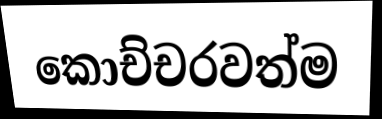
කොච්චරවත්ම